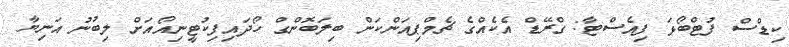
ކިޑްސް ފުޓްބޯޅަ ފިއެސްޓާ: ގްރޭޑް އެކެއްގެ ޗެމްޕިއަންކަން ބިލަބޮންގް ހޯދައިފިކުޓީނިއޯއަށް ލިބުނު އަނިޔާ